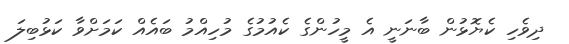
ދިވެހި ކެޔޮޅުން ބާނަނީ އެ މީހުންގެ ކެއުމުގެ މުހިއްމު ބައެއް ކަމަށްވާ ކަޅުބިލަ